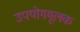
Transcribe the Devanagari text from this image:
उपयोगमूलक